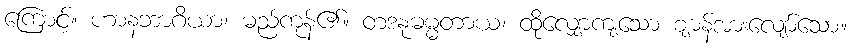
ကြောင့်။ ဟာနဘာဂိယာ၊ မည်ကုန်၏။ တဒနုဓမ္မတာယ၊ ထိုလျှောကျသော ဈာန်အားလျော်သော။